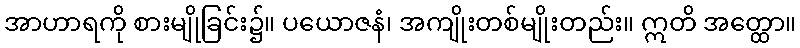
အာဟာရကို စားမျိုခြင်း၌။ ပယောဇနံ၊ အကျိုးတစ်မျိုးတည်း။ ဣတိ အတ္ထော။